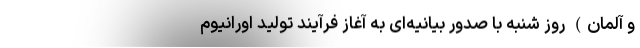
و آلمان) روز شنبه با صدور بیانیه‌ای به آغاز فرآیند تولید اورانیوم